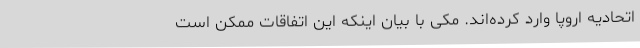
اتحادیه اروپا وارد کرده‌اند. مکی با بیان اینکه این اتفاقات ممکن است